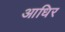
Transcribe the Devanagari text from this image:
आधिर